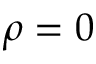
\rho = 0